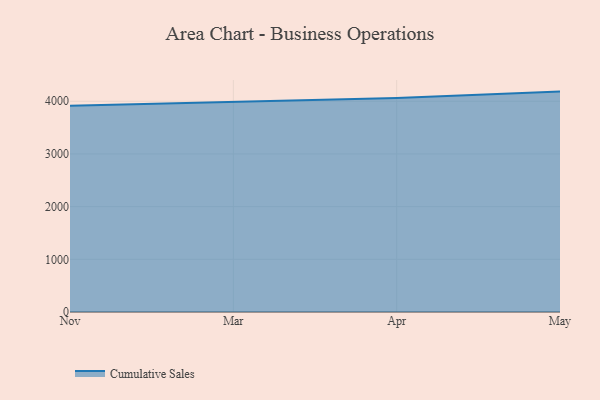
{"axis": {"x": "Month", "y": "Gross Profit (USD K)"}, "legend": ["Cumulative Sales"], "data": [{"x": "Nov", "y": 3916.7, "type": "Cumulative Sales"}, {"x": "Mar", "y": 3993.1, "type": "Cumulative Sales"}, {"x": "Apr", "y": 4061.4, "type": "Cumulative Sales"}, {"x": "May", "y": 4183.8, "type": "Cumulative Sales"}]}